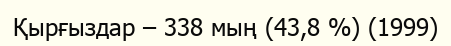
Қырғыздар – 338 мың (43,8 %) (1999)